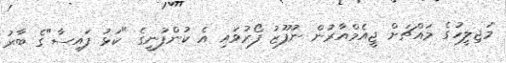
މަޖިލީހުގެ މައްޗަށް ޖީއެމްއާރުން ނުފޫޒު ފޯރުވައި އެ ކުންފުނީގެ "ކަޅު ފައިސާ"ގެ ބާރު